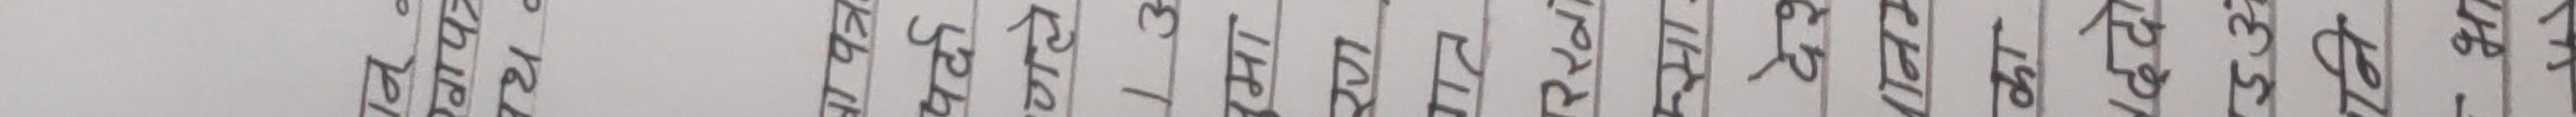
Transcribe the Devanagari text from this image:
Chip
वा पत्र
पर्दा
गण
13
नमा
रक्त
गत
रखा
देश
पानम
का
हक
3
नि